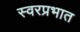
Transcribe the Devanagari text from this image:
स्वरप्रभात